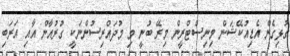
ގުޅިގެން އެޑިއުކޭޝަން މިނިސްޓްރީން މިރޭ ބުނީ މި މުދައްރިސުންނަކީ ގުރުއާން އާއި އަރަބި